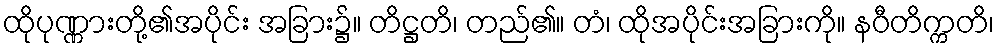
ထိုပုဏ္ဏားတို့၏အပိုင်း အခြား၌။ တိဋ္ဌတိ၊ တည်၏။ တံ၊ ထိုအပိုင်းအခြားကို။ နဝီတိက္ကတိ၊